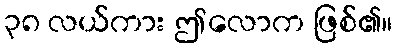
၃၈ လယ်ကား ဤလောက ဖြစ်၏။